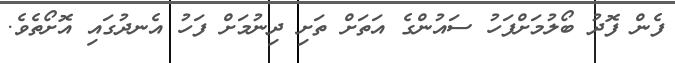
ފެން ފޮދު ބޯލުމަށްފަހު ސައުންގެ އަތަށް ތަށި ދިނުމަށް ފަހު އެނދުގައި އޮށޯތެވެ.